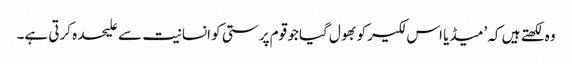
وہ لکھتے ہیں کہ ’میڈیا اس لکیر کو بھول گیا جو قوم پرستی کو انسانیت سے علیحدہ کرتی ہے۔